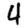
Digit: 4